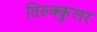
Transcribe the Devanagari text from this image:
तिरुक्कुलर